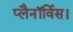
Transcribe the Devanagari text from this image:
प्लैनॉर्विस।